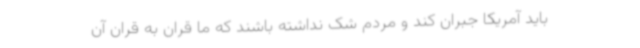
باید آمریکا جبران کند و مردم شک نداشته باشند که ما قران به قران آن